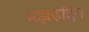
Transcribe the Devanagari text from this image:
अझरुद्दिन